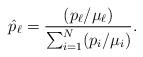
LaTeX: \begin{align*} \hat{p}_\ell=\frac{(p_\ell/\mu_\ell)}{\sum_{i=1}^{N}(p_i/\mu_i)}.\end{align*}